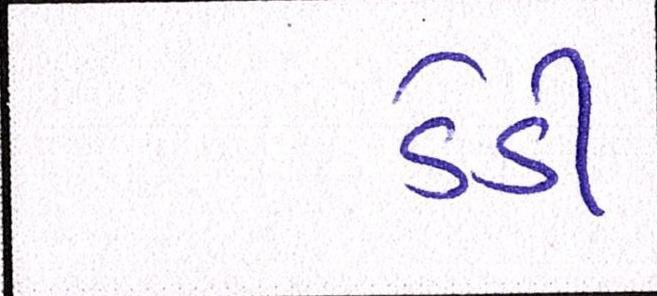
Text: ડેડી